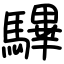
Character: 驆